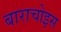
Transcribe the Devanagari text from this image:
बाराचोइस